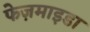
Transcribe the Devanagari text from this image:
फेज़माइडा